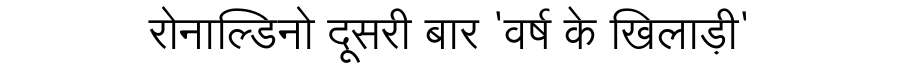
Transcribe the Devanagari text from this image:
रोनाल्डिनो दूसरी बार 'वर्ष के खिलाड़ी'